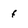
Character: f